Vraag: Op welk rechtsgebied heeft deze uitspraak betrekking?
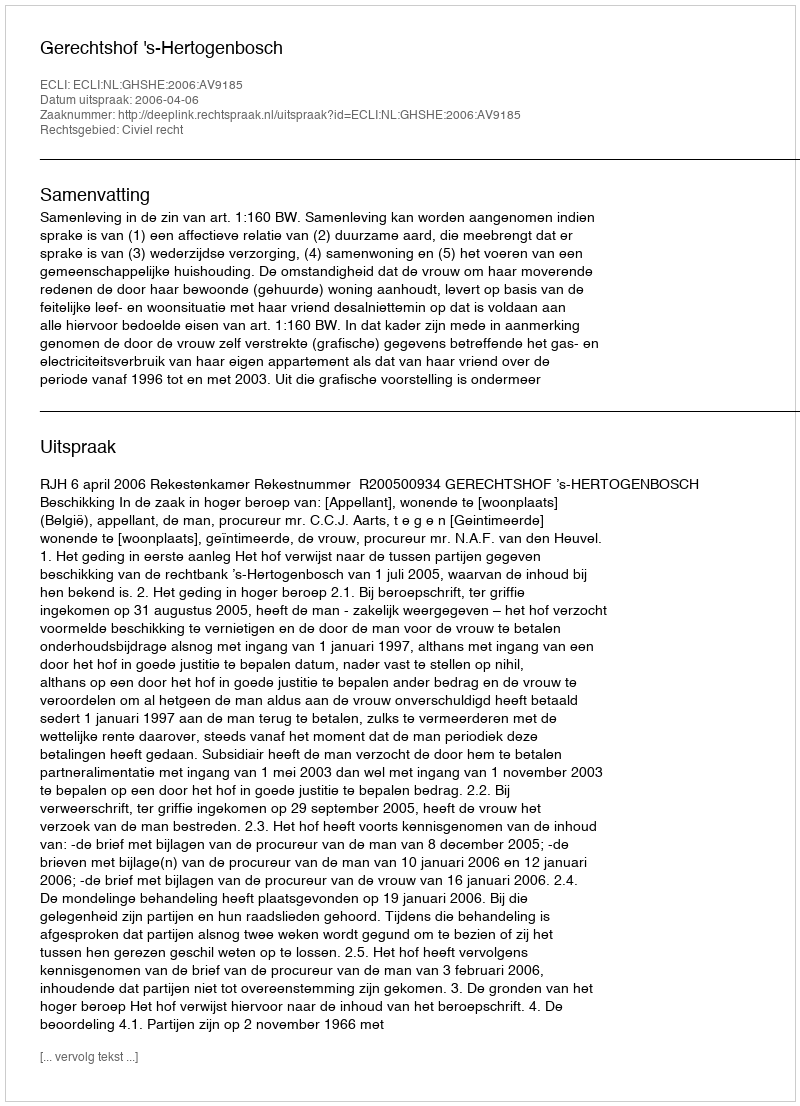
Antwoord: Civiel recht